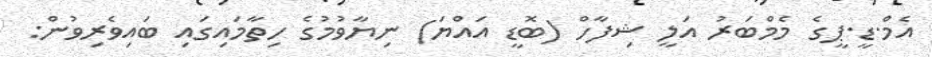
އެމް.ޑީ.ޕީގެ މެމްބަރު އަލީ ޝިފާހް (ބޮޑީ އައްޔަ) ނިޔާވުމުގެ ހިތާމައިގައި ބައިވެރިވުން: